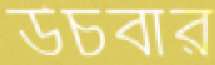
উচবার